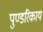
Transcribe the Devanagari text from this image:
पुण्डरिकाय